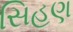
સિહણ